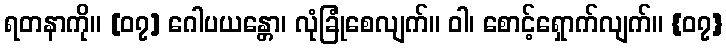
ရတနာကို။ [၀၇] ဂေါပယန္တော၊ လုံခြုံစေလျက်။ ဝါ၊ စောင့်ရှောက်လျက်။ {၀၇}